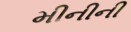
મીનીની